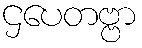
ဌပေတဗ္ဗာ